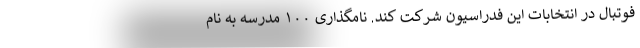
فوتبال در انتخابات این فدراسیون شرکت کند. نامگذاری ۱۰۰ مدرسه به نام